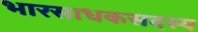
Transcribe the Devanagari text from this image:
भारसाधकसदस्य